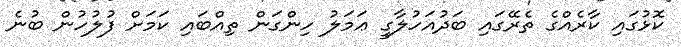
ކޮޅުގައި ކާރެއްގެ ތެރޭގައި ބަދުއަހުލާގީ ޢަމަލު ހިންގަން ތިއްބައި ކަމަށް ފުލުހުން ބުނެ